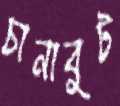
চানাবুট